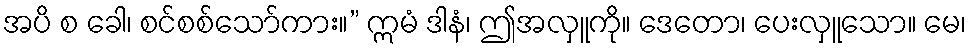
အပိ စ ခေါ၊ စင်စစ်သော်ကား။” ဣမံ ဒါနံ၊ ဤအလှူကို။ ဒေတော၊ ပေးလှူသော။ မေ၊